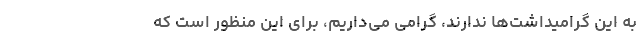
به این گرامیداشت‌ها ندارند، گرامی می‌داریم، برای این منظور است که